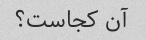
آن کجاست؟